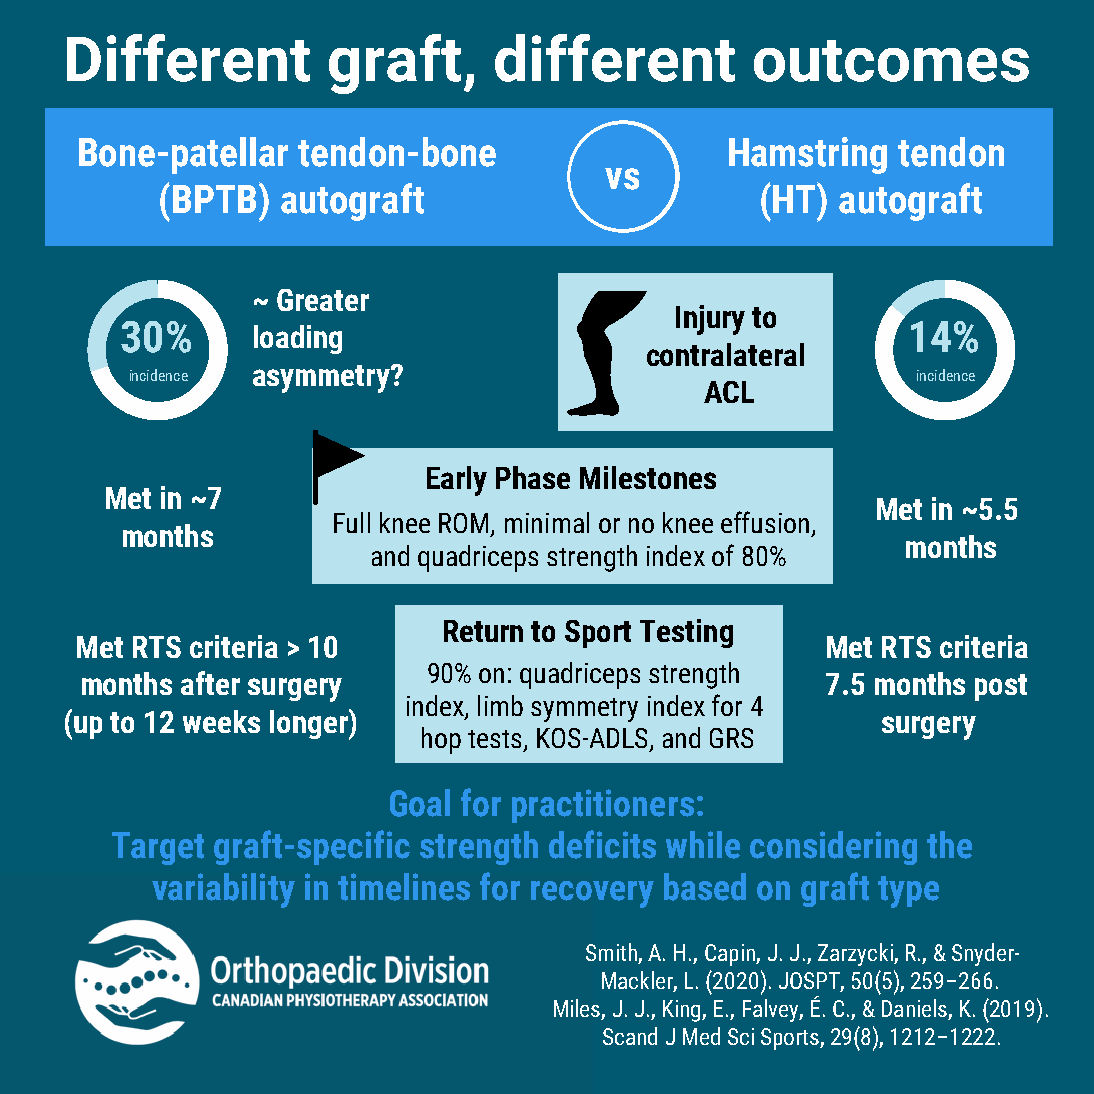
Different         graft,     different        outcomes
 Bone-patellar  tendon-bone                 Hamstring  tendon
 vs
 (BPTB)   autograft                      (HT)  autograft
 ~ Greater
 Injury to
 30%      loading                                    14%
 contralateral
 asymmetry?
 incidence                                           incidence
 ACL
 Early Phase Milestones
 Met in ~7
 Met in ~5.5
 Full knee ROM, minimal or no knee effusion,
 months
 months
 and quadriceps strength index of 80%
 Return to Sport Testing
 Met RTS criteria > 10                             Met RTS criteria
 90% on: quadriceps strength
 months after surgery                              7.5 months post
 index, limb symmetry index for 4
 (up to 12 weeks longer)                               surgery
 hop tests, KOS-ADLS, and GRS
 Goal for practitioners:
 Target graft-specific strength deficits while considering the
 variability in timelines for recovery based on graft type
 Smith, A. H., Capin, J. J., Zarzycki, R., & Snyder-
 Mackler, L. (2020). JOSPT, 50(5), 259–266.
 Miles, J. J., King, E., Falvey, É. C., & Daniels, K. (2019).
 Scand J Med Sci Sports, 29(8), 1212–1222.